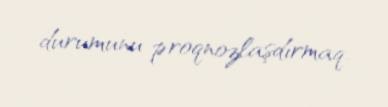
durumunu proqnozlaşdırmaq.